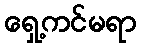
ရှေ့ကင်မရာ